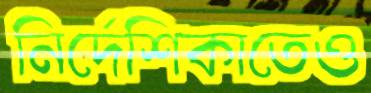
নির্দেশিকাতেও